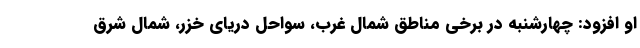
او افزود: چهارشنبه در برخی مناطق شمال غرب، سواحل دریای خزر، شمال شرق